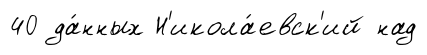
40 да́нных Н'икола́евск'ий над